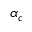
\alpha _ { c }